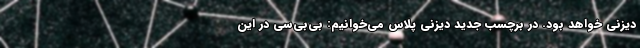
دیزنی خواهد بود. در برچسب جدید دیزنی پلاس می‌خوانیم: بی‌بی‌سی در این